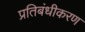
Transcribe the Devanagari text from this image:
प्रतिबंधीकरण